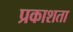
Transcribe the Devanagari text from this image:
प्रकाशता